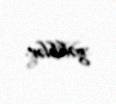
gəliblər.